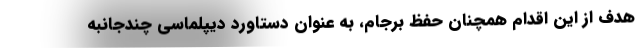
هدف از این اقدام همچنان حفظ برجام، به عنوان دستاورد دیپلماسی چندجانبه